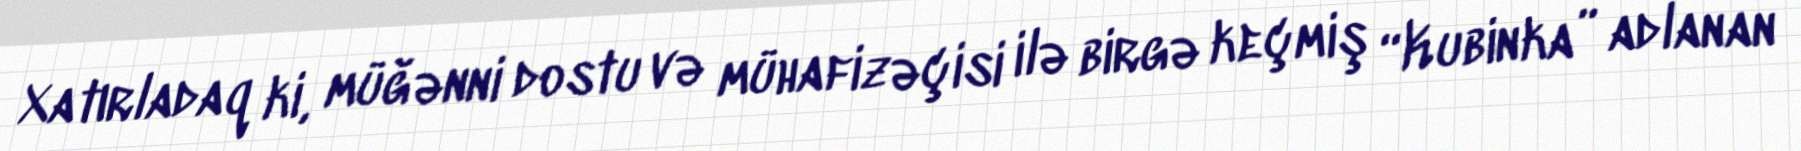
Xatırladaq ki, müğənni dostu və mühafizəçisi ilə birgə keçmiş “Kubinka” adlanan